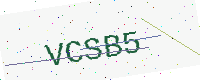
Text: VCSB5